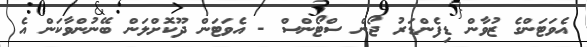
އެވަޓަންގެ ޒުވާން ޑިފެންޑަރު ޖޯން ސްޓޯންސް - އެވަޓަން ދޫކޮށްލަން ބޭނުންވާކަން އެ